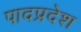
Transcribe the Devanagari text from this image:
पादप्रदेश